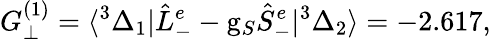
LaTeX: G_{\perp}^{(1)}=\langle^{3}\Delta_{1}|\hat{L}_{-}^{e}-\mathrm{g}_{S}\hat{S}_{-}^{e}|^{3}\Delta_{2}\rangle=-2.617,